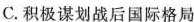
C.积极谋划战后国际格局